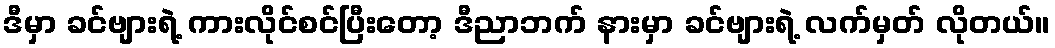
ဒီမှာ ခင်ဗျားရဲ့ ကားလိုင်စင်ပြီးတော့ ဒီညာဘက် နားမှာ ခင်ဗျားရဲ့ လက်မှတ် လိုတယ်။